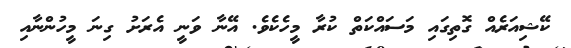
ކޭޝިއަރެއް ގޮތިގައި މަސައްކަތް ކުރާ މީހެކެވެ. އޭނާ ވަނީ އެރަށު ގިނަ މީހުންނާއި